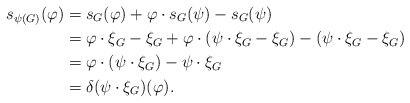
\begin{align*}s_{\psi(G)}(\varphi) &=s_G(\varphi)+\varphi \cdot s_G(\psi)-s_G(\psi) \\&= \varphi \cdot \xi_G-\xi_G +\varphi \cdot (\psi \cdot \xi_G -\xi_G)-(\psi \cdot \xi_G -\xi_G) \\&=\varphi \cdot (\psi \cdot \xi_G)-\psi \cdot \xi_G \\&=\delta (\psi \cdot \xi_G) (\varphi).\end{align*}